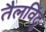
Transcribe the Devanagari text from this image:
तैलविंदु